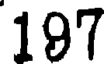
197